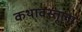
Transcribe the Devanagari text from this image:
कथावस्तूला